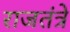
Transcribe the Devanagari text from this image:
राजतंत्रे